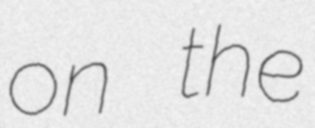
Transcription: on the